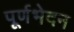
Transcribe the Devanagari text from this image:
पूर्णभेदन